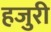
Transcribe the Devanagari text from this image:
हजुरी